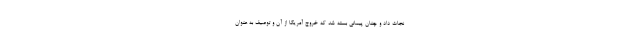
نجات داد و چنان پیمانی بسته شد که خروج آمریکا از آن و توصیف به عنوان